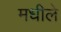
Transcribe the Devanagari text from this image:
मधीले